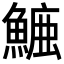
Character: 𮬁